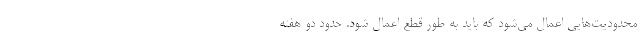
محدودیت‌هایی اعمال می‌شود که باید به طور قطع اعمال شود. حدود دو هفته